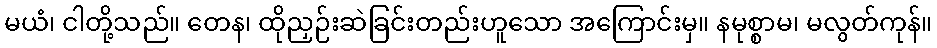
မယံ၊ ငါတို့သည်။ တေန၊ ထိုညှဉ်းဆဲခြင်းတည်းဟူသော အကြောင်းမှ။ နမုစ္စာမ၊ မလွတ်ကုန်။